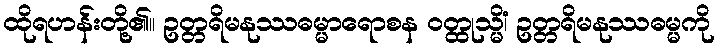
ထိုရဟန်းတို့၏။ ဥတ္တရိမနုဿဓမ္မာရောစန ဝတ္ထုသ္မိံ၊ ဥတ္တရိမနုဿဓမ္မကို